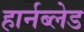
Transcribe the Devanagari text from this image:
हार्नब्लेड